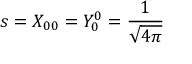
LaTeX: s = X _ { 0 0 } = Y _ { 0 } ^ { 0 } = { \frac { 1 } { \sqrt { 4 \pi } } }